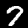
Label: 7